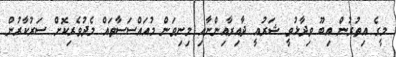
މީގެ އިތުރުން އިބޫ ވިދާޅުވީ ޝަރުއީ ދާއިރާއިންނާއި މިނިވަން މުއައްސަސާތައް މެދުވެރިކޮށް ސަރުކާރުން